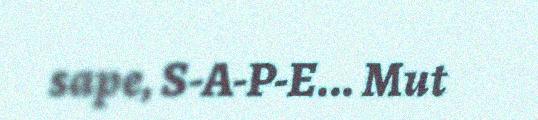
sape, S-A-P-E... Mut